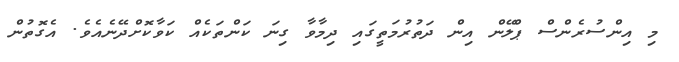
މި އިންސުރެންސް ޕްލޭން އިން ދަތުރުމަތީގައި ދިމާވާ ގިނަ ކަންތަކެއް ކަވާކޮށްދޭނެއެވެ. އެގޮތުން